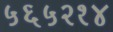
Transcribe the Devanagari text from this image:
५६५२१४